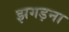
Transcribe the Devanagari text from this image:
झगड़ना